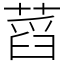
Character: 蓞